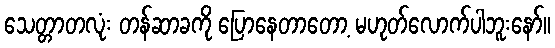
သေတ္တာတလုံး တန်ဆာခကို ပြောနေတာတော့ မဟုတ်လောက်ပါဘူးနော်။